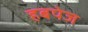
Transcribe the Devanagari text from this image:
हबपेज